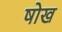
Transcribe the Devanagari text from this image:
षोख